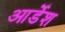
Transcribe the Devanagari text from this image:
आर्डेश